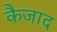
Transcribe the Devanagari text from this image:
कैजाद